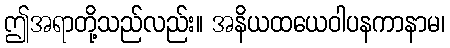
ဤအရာတို့သည်လည်း။ အနိယထယေဝါပနကာနာမ၊